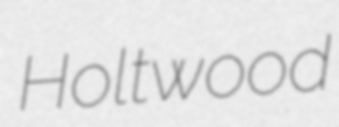
Holtwood